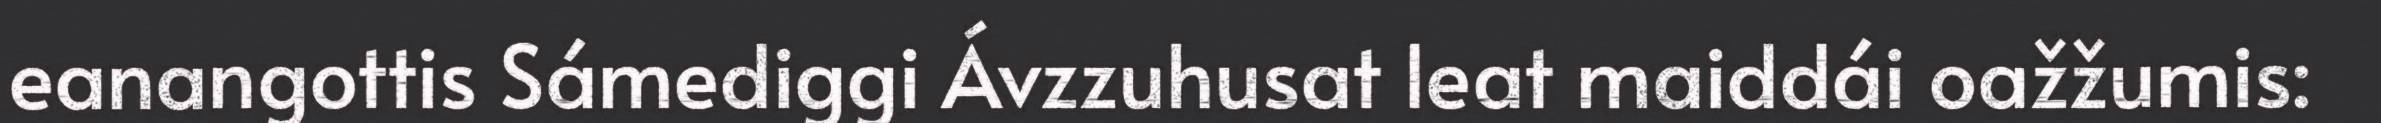
eanangottis Sámediggi Ávzzuhusat leat maiddái oažžumis: